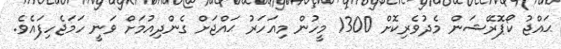
ޙައްޖު ކޯޕޮރޭޝަން މެދުވެރިކޮށް 1300 މީހުން މިއަހަރު ޙައްޖަށް ގެންދިއުމަށް ވަނީ ހަމަޖެހިފައެވެ.